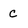
Character: c